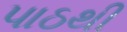
પાઠથી